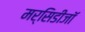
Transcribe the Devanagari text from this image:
मर्सिडीजॉ